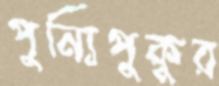
পুন্যিপুকুর